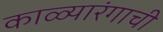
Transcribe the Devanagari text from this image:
काळ्यारंगाची